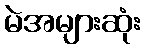
မဲအများဆုံး